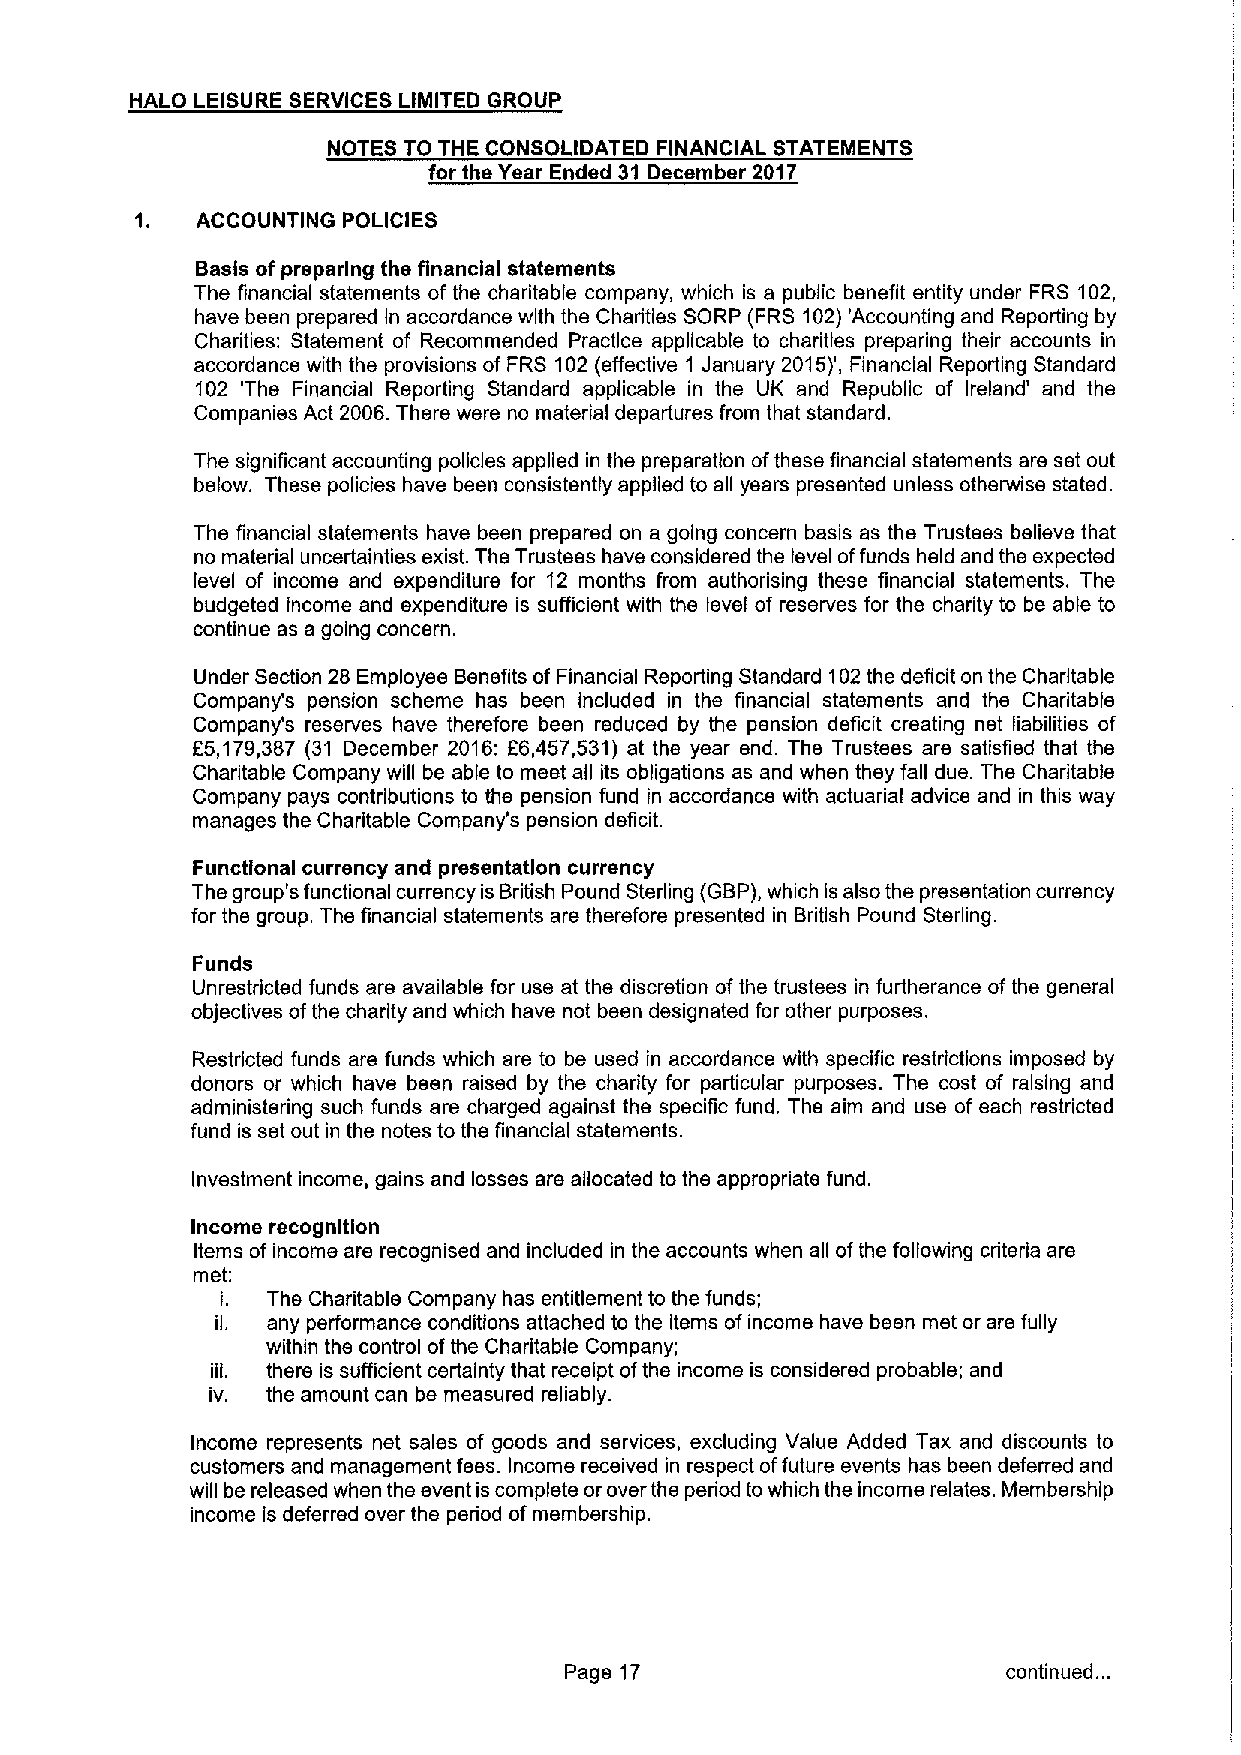
HALO LEISURE SERVICES LIMITED GROUP
 NOTES TO THE CONSOLIDATED FINANCIAL STATEMENTS
 for the Year Ended 31 December 2017
 1.  ACCOUNTING POLICIES
 Basis ofpreparing the financial statements
 The financial statements of the charitable company, which is a public benefit entity under FRS 102,
 have been prepared in accordance with the Charities SORP (FRS 102)'Accounting and Reporting by
 Charities: Statement of Recommended Practice applicable to charities preparing their accounts in
 accordance with the provisions of FRS 102(effective 1 January 2015)', Financial Reporting Standard
 102 'The Financial Reporting Standard applicable in the UK and Republic of Ireland' and the
 Companies Act 2006.There were no material departures from that standard.
 The significant accounting policies applied in the preparation ofthese financial statements are set out
 below. These policies have been consistently applied to all years presented unless otherwise stated.
 The financial statements have been prepared on a going concern basis as the Trustees believe that
 no material uncertainties exist. The Trustees have considered the level offunds held and the expected
 level of income and expenditure for 12 months from authorising these financial statements. The
 budgeted income and expenditure is sufficient with the level of reserves for the charity to be able to
 continue as a going concern.
 Under Section 28 Employee Benefits ofFinancial Reporting Standard 102the deficit on the Charitable
 Company's pension scheme has been included in the financial statements and the Charitable
 Company's reserves have therefore been reduced by the pension deficit creating net liabilities of
 f5,179,387 (31 December 2016: f6,457,531) at the year end. The Trustees are satisfied that the
 Charitable Company will be able to meet all its obligations as and when they fall due. The Charitable
 Company pays contributions to the pension fund in accordance with actuarial advice and in this way
 manages the Charitable Company's pension deficit.
 Functional currency and presentation currency
 The group's functional currency is British Pound Sterling (GBP),which is also the presentation currency
 for the group. The financial statements are therefore presented in British Pound Sterling.
 Funds
 Unrestricted funds are available for use at the discretion ofthe trustees in furtherance of the general
 objectives ofthe charity and which have not been designated for other purposes.
 Restricted funds are funds which are to be used in accordance with specific restrictions imposed by
 donors or which have been raised by the charity for particular purposes. The cost of raising and
 administering such funds are charged against the specific fund. The aim and use of each restricted
 fund is set out in the notes to the financial statements.
 Investment income, gains and losses are allocated to the appropriate fund.
 Income recognltlon
 Items of income are recognised and included in the accounts when all ofthe following criteria are
 met;
 The Charitable Company has entitlement to the funds;
 any performance conditions attached to the items ofincome have been met or are fully
 within the control ofthe Charitable Company;
 ill. there is sufficient certainty that receipt ofthe income is considered probable; and
 IV. the amount can be measured reliably.
 Income represents net sales of goods and services, excluding Value Added Tax and discounts to
 customers and management fees. Income received in respect offuture events has been deferred and
 will be released when the event is complete or over the period towhich the income relates. Membership
 income is deferred over the period ofmembership.
 Page 17                       continued. ..